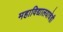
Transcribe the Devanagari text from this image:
महाविद्यालयाचेही